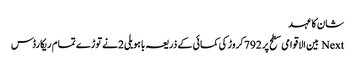
شان کا عہد
Next بین الاقوامی سطح پر 792کروڑ کی کمائی کے ذریعہ باہوبلی 2نے توڑے تمام ریکارڈس